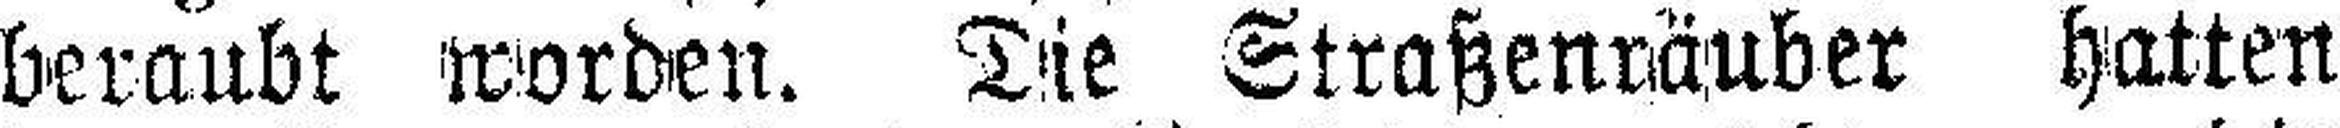
beraubt worden. Die Straßenräuber hatten